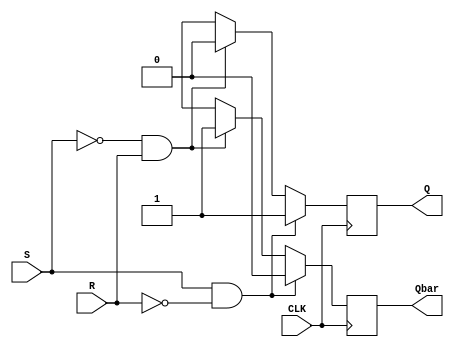
module Gated_SR_FF (
    input S, // Set input
    input R, // Reset input
    input CLK, // Clock input
    output reg Q, // Output
    output reg Qbar // Complementary output
);

always @(posedge CLK) begin
    if (S && !R) begin
        Q <= 1'b1; // Set Q to high
        Qbar <= 1'b0; // Set Qbar to low
    end else if (!S && R) begin
        Q <= 1'b0; // Reset Q to low
        Qbar <= 1'b1; // Set Qbar to high
    end else begin
        // Invalid state
        Q <= 1'bx; // Unknown state
        Qbar <= 1'bx; // Unknown state
    end
end

endmodule